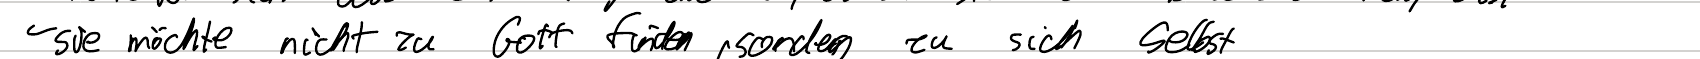
- sie möchte nicht zu Gott finden, sondern zu sich selbst